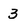
Character: 3